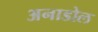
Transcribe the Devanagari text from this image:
अनाडोल